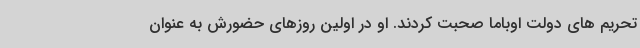
تحریم های دولت اوباما صحبت کردند. او در اولین روزهای حضورش به عنوان